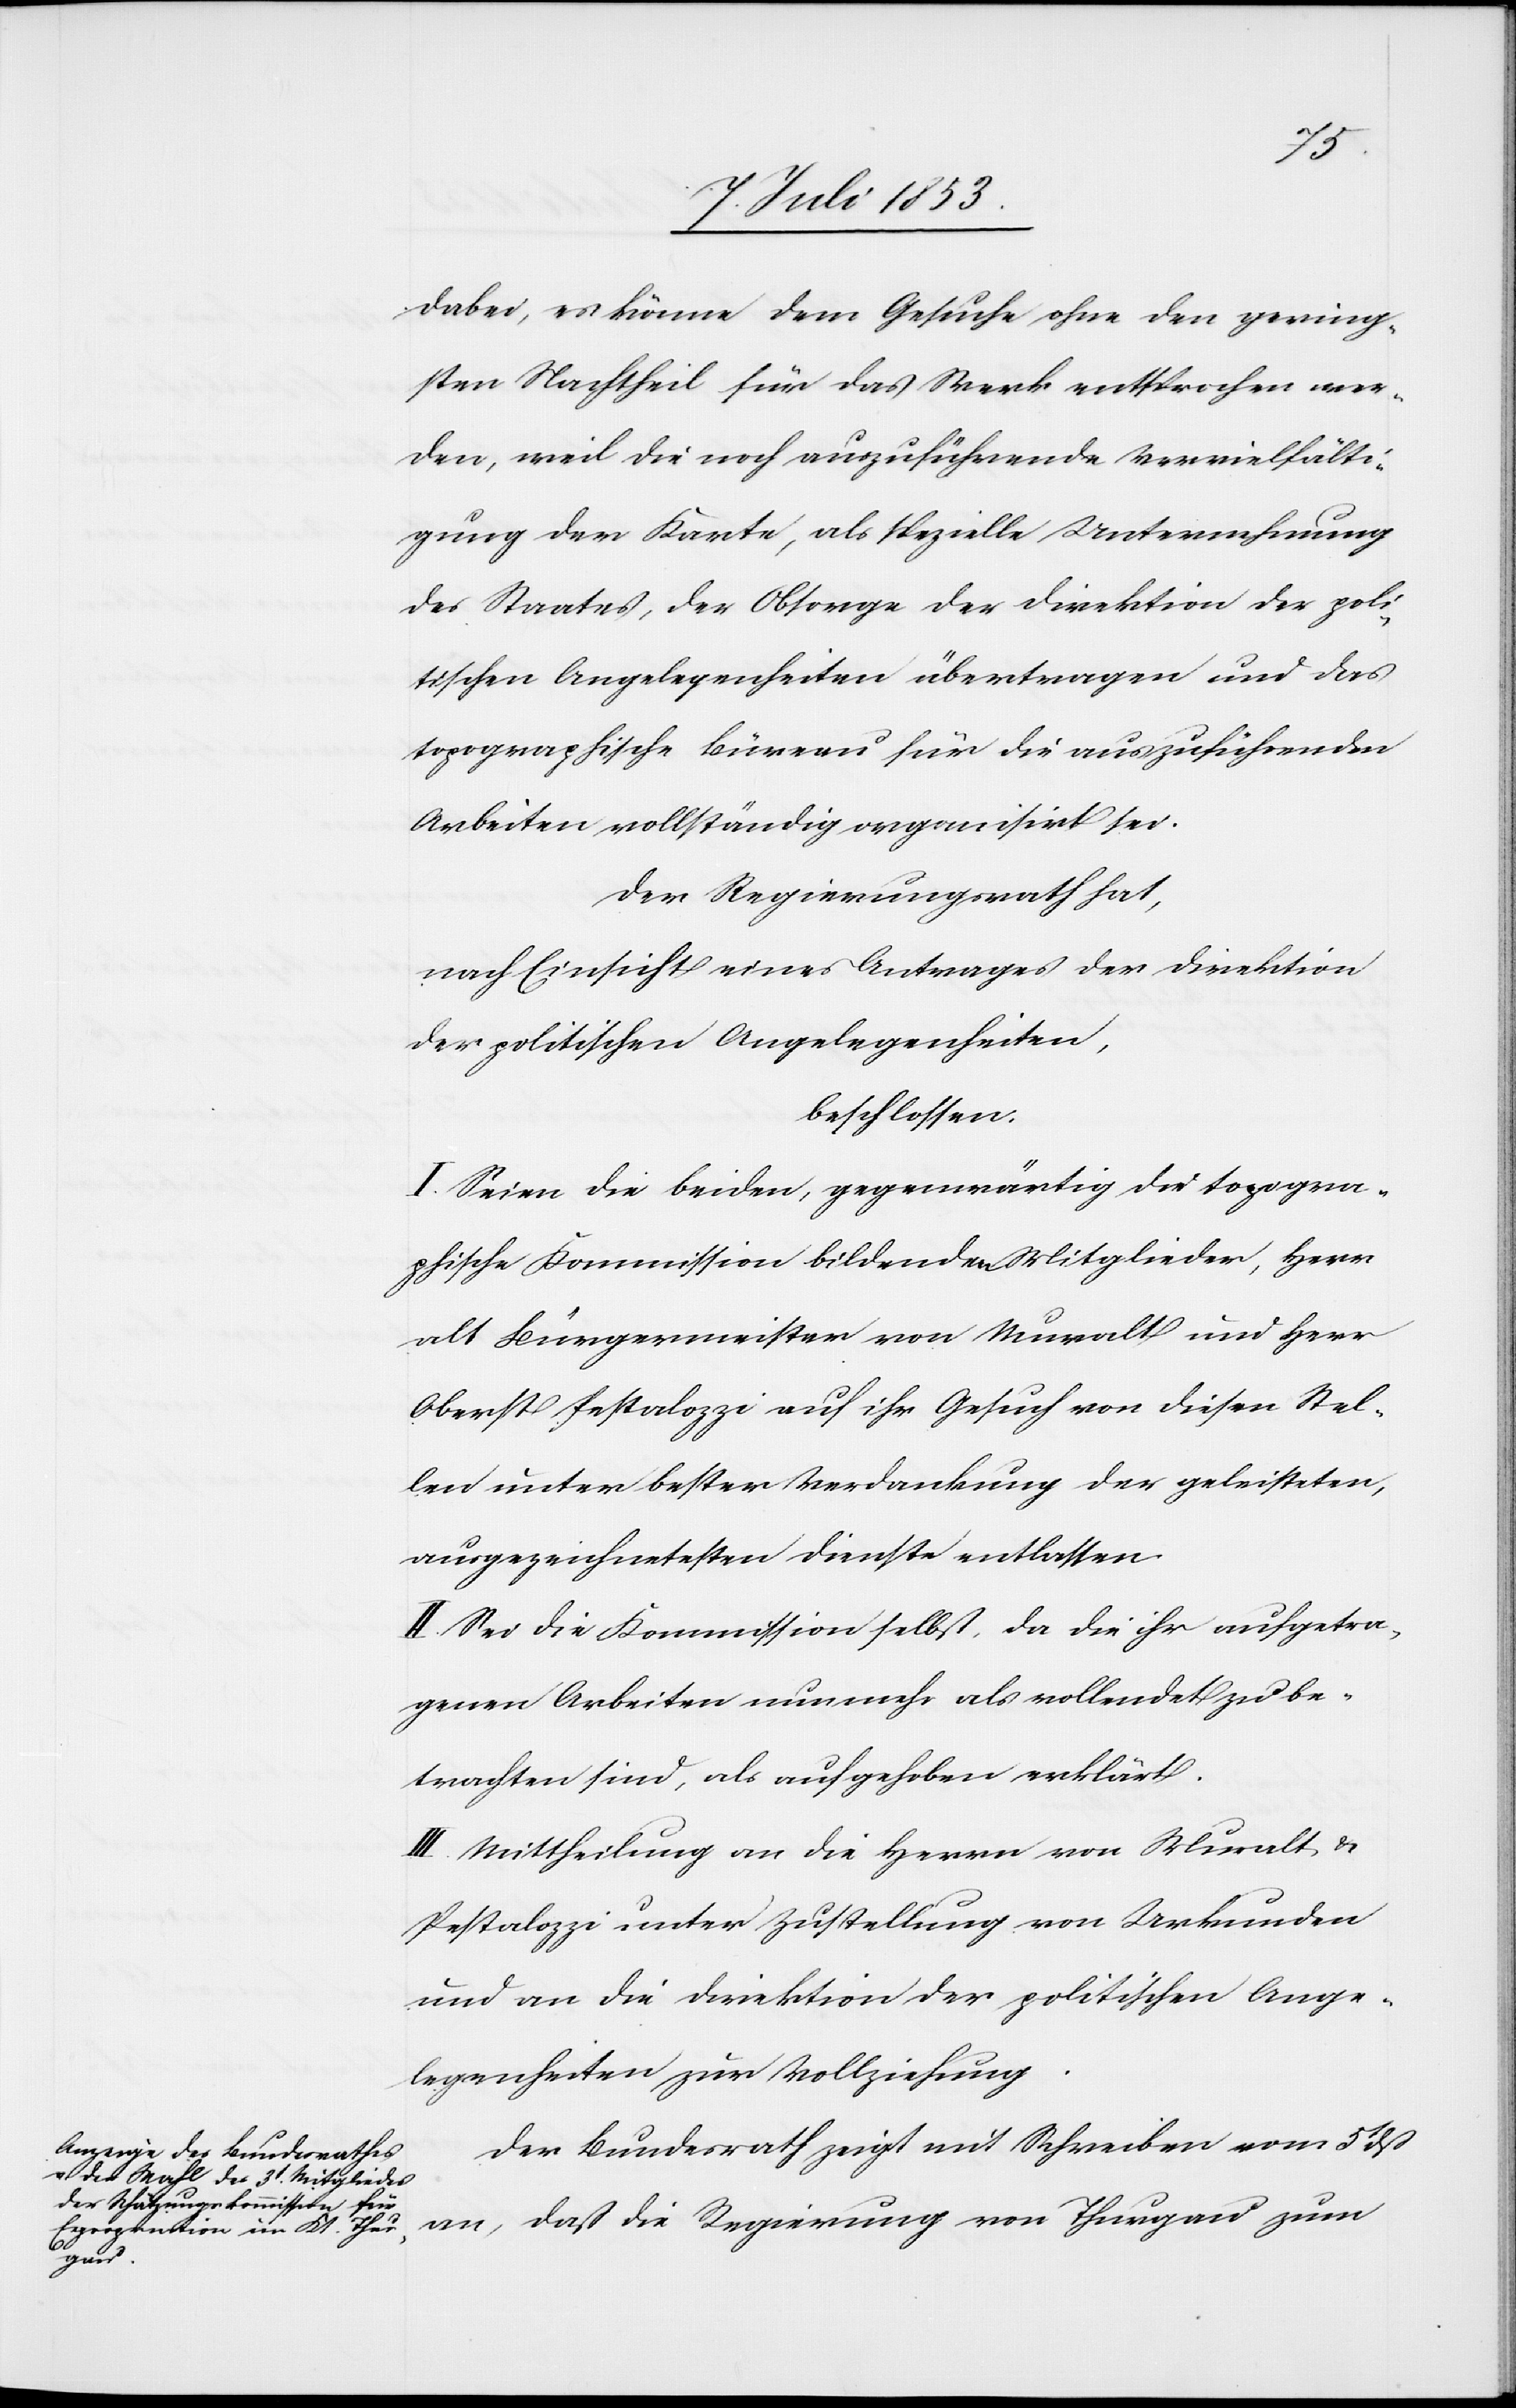
dabei, es könne dem Gesuche, ohne den gering¬
sten Nachtheil für das Werk entsprochen wer¬
den, weil die noch auszuführende Vervielfälti¬
gung der Karte, als spezielle Unternehmung
des Staates, der Obsorge der Direktion der poli¬
tischen Angelegenheiten übertragen und das
topographische Büreau für die auszuführenden
Arbeiten vollständig organisirt sei.
Der Regierungsrath hat,
nach Einsicht eines Antrages der Direktion
der politischen Angelegenheiten,
beschlossen:
I. Seien die beiden gegenwärtig die topogra¬
phische Kommission bildenden Mitglieder, Herrn
alt Bürgermeister von Muralt und Herr
Oberst Pestalozzi auf ihr Gesuch von diesen Stel¬
len unter bester Verdankung der geleisteten,
ausgezeichneten Dienste entlassen.
II. Sei die Kommission selbst, da die ihr aufgetra¬
genen Arbeiten nunmehr als vollendet zu be¬
trachten sind, als aufgehoben erklärt.
III. Mittheilung an die Herrn von Muralt, u.
Pestalozzi unter Zustellung von Urkunden
und an die Direktion der politischen Ange¬
legenheiten zur Vollziehung.